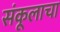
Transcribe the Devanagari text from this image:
संकूलाचा